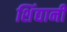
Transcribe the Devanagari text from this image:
शिंद्यानी